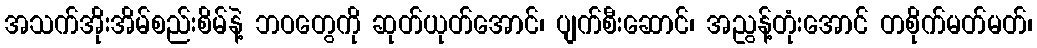
အသက်အိုးအိမ်စည်းစိမ်နဲ့ ဘဝတွေကို ဆုတ်ယုတ်အောင်၊ ပျက်စီးဆောင်၊ အညွန့်တုံးအောင် တစိုက်မတ်မတ်၊